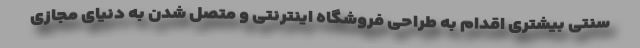
سنتی بیشتری اقدام به طراحی فروشگاه اینترنتی و متصل شدن به دنیای مجازی